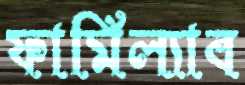
ফার্মিল্যাব